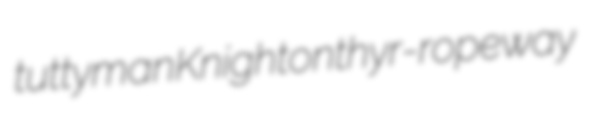
tuttyman Knighton thyr- ropeway